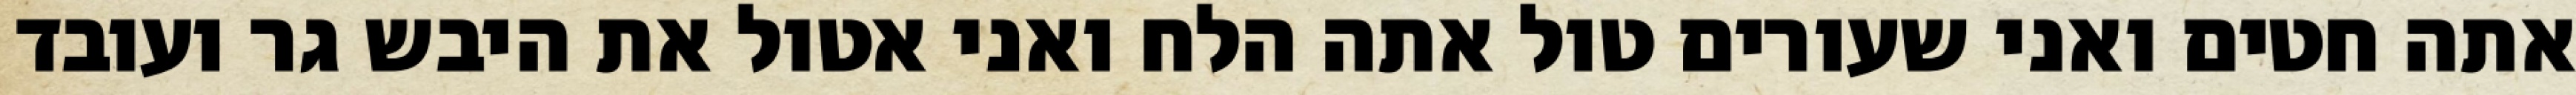
אתה חטים ואני שעורים טול אתה הלח ואני אטול את היבש גר ועובד